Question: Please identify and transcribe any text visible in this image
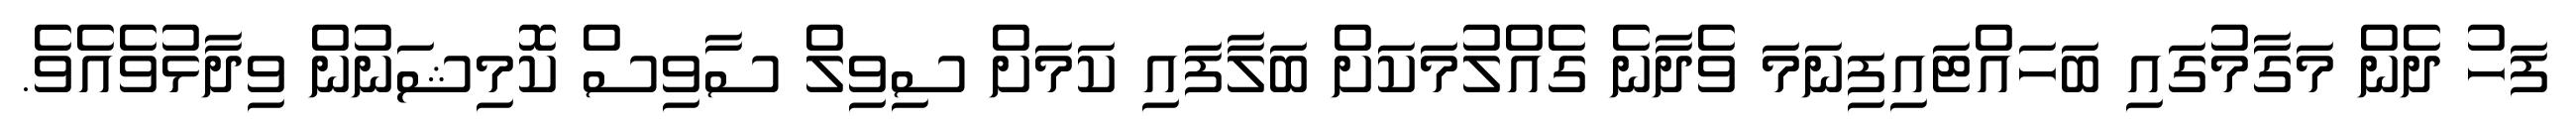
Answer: ފަހު ދެން މަގާމުގައި ބަހައްޓައިފިނަމަ ވެދާނެ ގެއްލުމަކަށް ބަލާފައި ކަމަށް ސިވިލް ސާވިސް ކޮމިޝަނުން ވިދާޅުވެއެވެ.